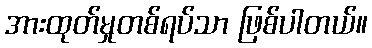
အားထုတ်မှုတစ်ရပ်သာ ဖြစ်ပါတယ်။